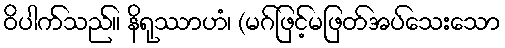
ဝိပါက်သည်။ နိရုဿာဟံ၊ (မဂ်ဖြင့်မဖြတ်အပ်သေးသော